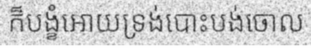
ក៏បង្ខំអោយទ្រង់បោះបង់ចោល